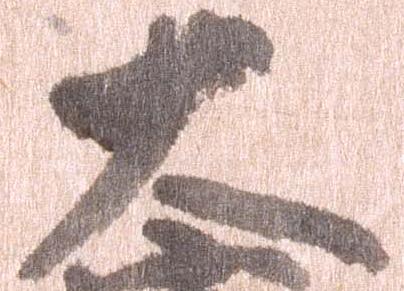
大